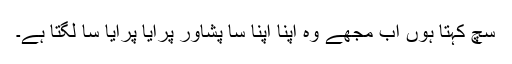
سچ کہتا ہوں اب مجھے وہ اپنا اپنا سا پشاور پرایا پرایا سا لگتا ہے۔